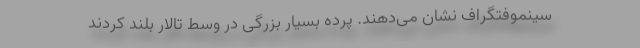
سینِموفتُگراف نشان می‌دهند. پرده بسیار بزرگی در وسط تالار بلند کردند